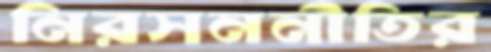
নিরসননীতির